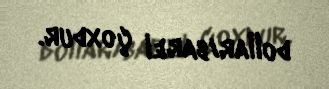
dollar/barel çoxdur.